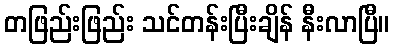
တဖြည်းဖြည်း သင်တန်းပြီးချိန် နီးလာပြီ။